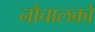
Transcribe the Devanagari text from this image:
नौचालकों